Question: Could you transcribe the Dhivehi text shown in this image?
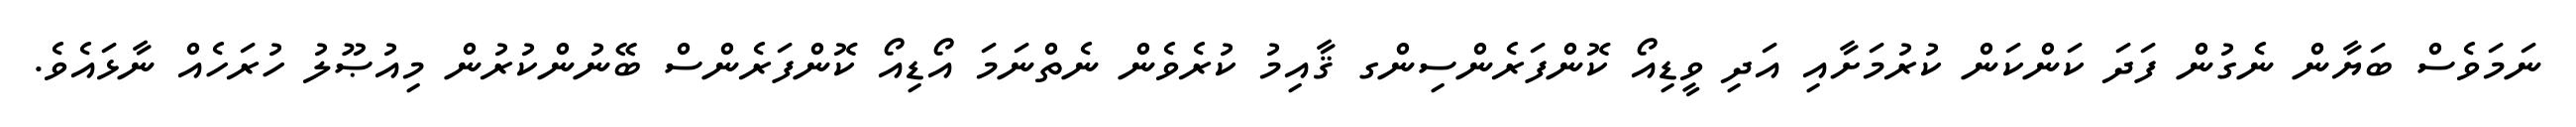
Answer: ނަމަވެސް ބަޔާން ނެގުން ފަދަ ކަންކަން ކުރުމަށާއި އަދި ވީޑިއޯ ކޮންފަރެންސިންގ ޤާއިމު ކުރެވެން ނެތްނަމަ އޯޑިއޯ ކޮންފަރެންސް ބޭނުންކުރުން މިއުޞޫލު ހުރަހެއް ނާޅައެވެ.